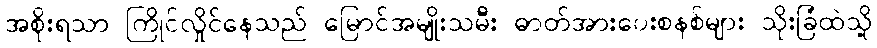
အစိုးရသာ ကြိုင်လှိုင်နေသည် မြောင်အမျိုးသမီး ဓာတ်အားပေးစနစ်များ သိုးခြံထဲသို့